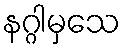
နဂ္ဂါမှသေ